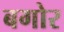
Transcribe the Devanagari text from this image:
बगोर